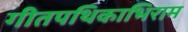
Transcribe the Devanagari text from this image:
गीतपथिकाभिराम